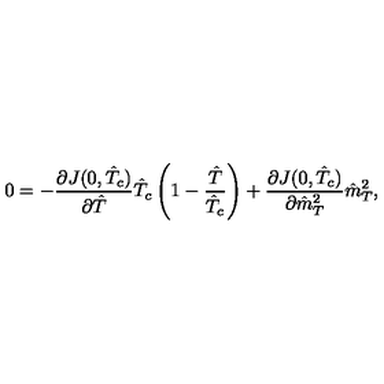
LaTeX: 0 = - \frac { \partial J ( 0 , \hat { T } _ { c } ) } { \partial \hat { T } } \hat { T } _ { c } \left( 1 - \frac { \hat { T } } { \hat { T } _ { c } } \right) + \frac { \partial J ( 0 , \hat { T } _ { c } ) } { \partial \hat { m } _ { T } ^ { 2 } } \hat { m } _ { T } ^ { 2 } ,